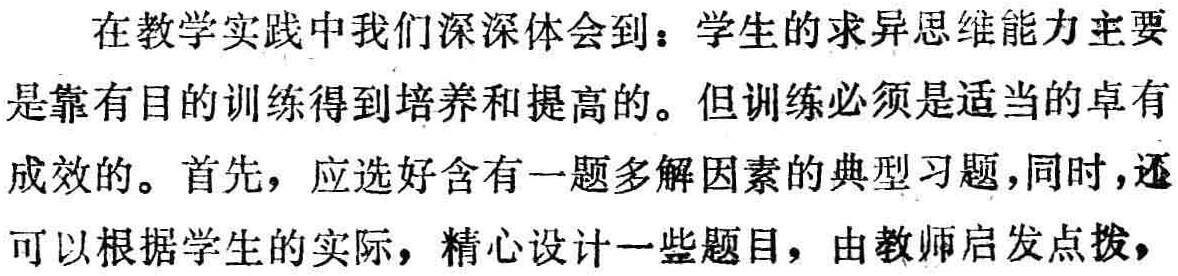
在教学实践中我们深深体会到：学生的求异思维能力主要是靠有目的训练得到培养和提高的。但训练必须是适当的卓有成效的。首先，应选好含有一题多解因素的典型习题，同时，还可以根据学生的实际，精心设计一些题目，由教师启发点拨，